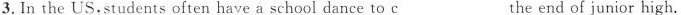
3.In the US,Students often have a school dance to \underline{c}___ the end of junior high.